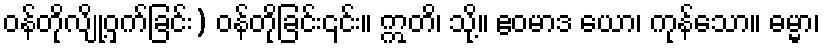
ဝန်တိုလျို့ဝှက်ခြင်း) ဝန်တိုခြင်း၎င်း။ ဣတိ၊ သို့။ ဧဝမာဒ ယော၊ ကုန်သော။ ဓမ္မာ၊